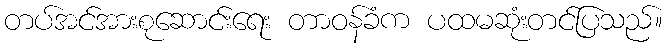
တပ်အင်အားစုဆောင်းရေး တာဝန်ခံက ပထမဆုံးတင်ပြသည်။